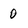
Character: 0